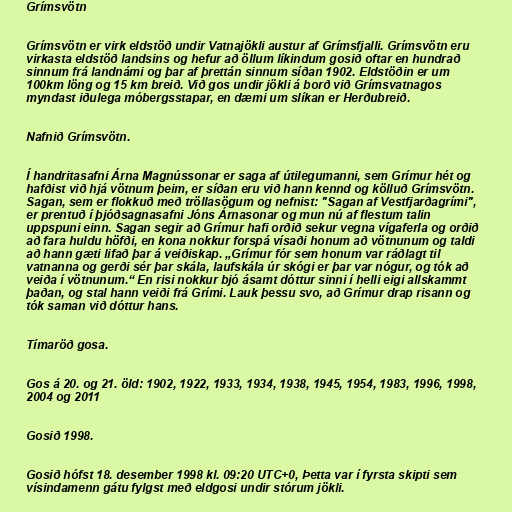
Grímsvötn

Grímsvötn er virk eldstöð undir Vatnajökli austur af Grímsfjalli. Grímsvötn eru
virkasta eldstöð landsins og hefur að öllum líkindum gosið oftar en hundrað
sinnum frá landnámi og þar af þrettán sinnum síðan 1902. Eldstöðin er um
100km löng og 15 km breið. Við gos undir jökli á borð við Grímsvatnagos
myndast iðulega móbergsstapar, en dæmi um slíkan er Herðubreið.

Nafnið Grímsvötn.

Í handritasafni Árna Magnússonar er saga af útilegumanni, sem Grímur hét og
hafðist við hjá vötnum þeim, er síðan eru við hann kennd og kölluð Grímsvötn.
Sagan, sem er flokkuð með tröllasögum og nefnist: "Sagan af Vestfjarðagrími",
er prentuð í þjóðsagnasafni Jóns Árnasonar og mun nú af flestum talin
uppspuni einn. Sagan segir að Grímur hafi orðið sekur vegna vígaferla og orðið
að fara huldu höfði, en kona nokkur forspá vísaði honum að vötnunum og taldi
að hann gæti lifað þar á veiðiskap. „Grímur fór sem honum var ráðlagt til
vatnanna og gerði sér þar skála, laufskála úr skógi er þar var nógur, og tók að
veiða í vötnunum.“ En risi nokkur bjó ásamt dóttur sinni í helli eigi allskammt
þaðan, og stal hann veiði frá Grími. Lauk þessu svo, að Grímur drap risann og
tók saman við dóttur hans.

Tímaröð gosa.

Gos á 20. og 21. öld: 1902, 1922, 1933, 1934, 1938, 1945, 1954, 1983, 1996, 1998,
2004 og 2011

Gosið 1998.

Gosið hófst 18. desember 1998 kl. 09:20 UTC+0, Þetta var í fyrsta skipti sem
vísindamenn gátu fylgst með eldgosi undir stórum jökli.